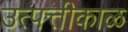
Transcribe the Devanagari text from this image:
उत्पत्तीकाळ